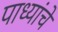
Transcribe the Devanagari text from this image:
पाध्यांचे